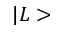
| L >